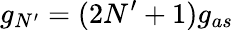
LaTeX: g_{N^{\prime}}=(2N^{\prime}+1)g_{as}